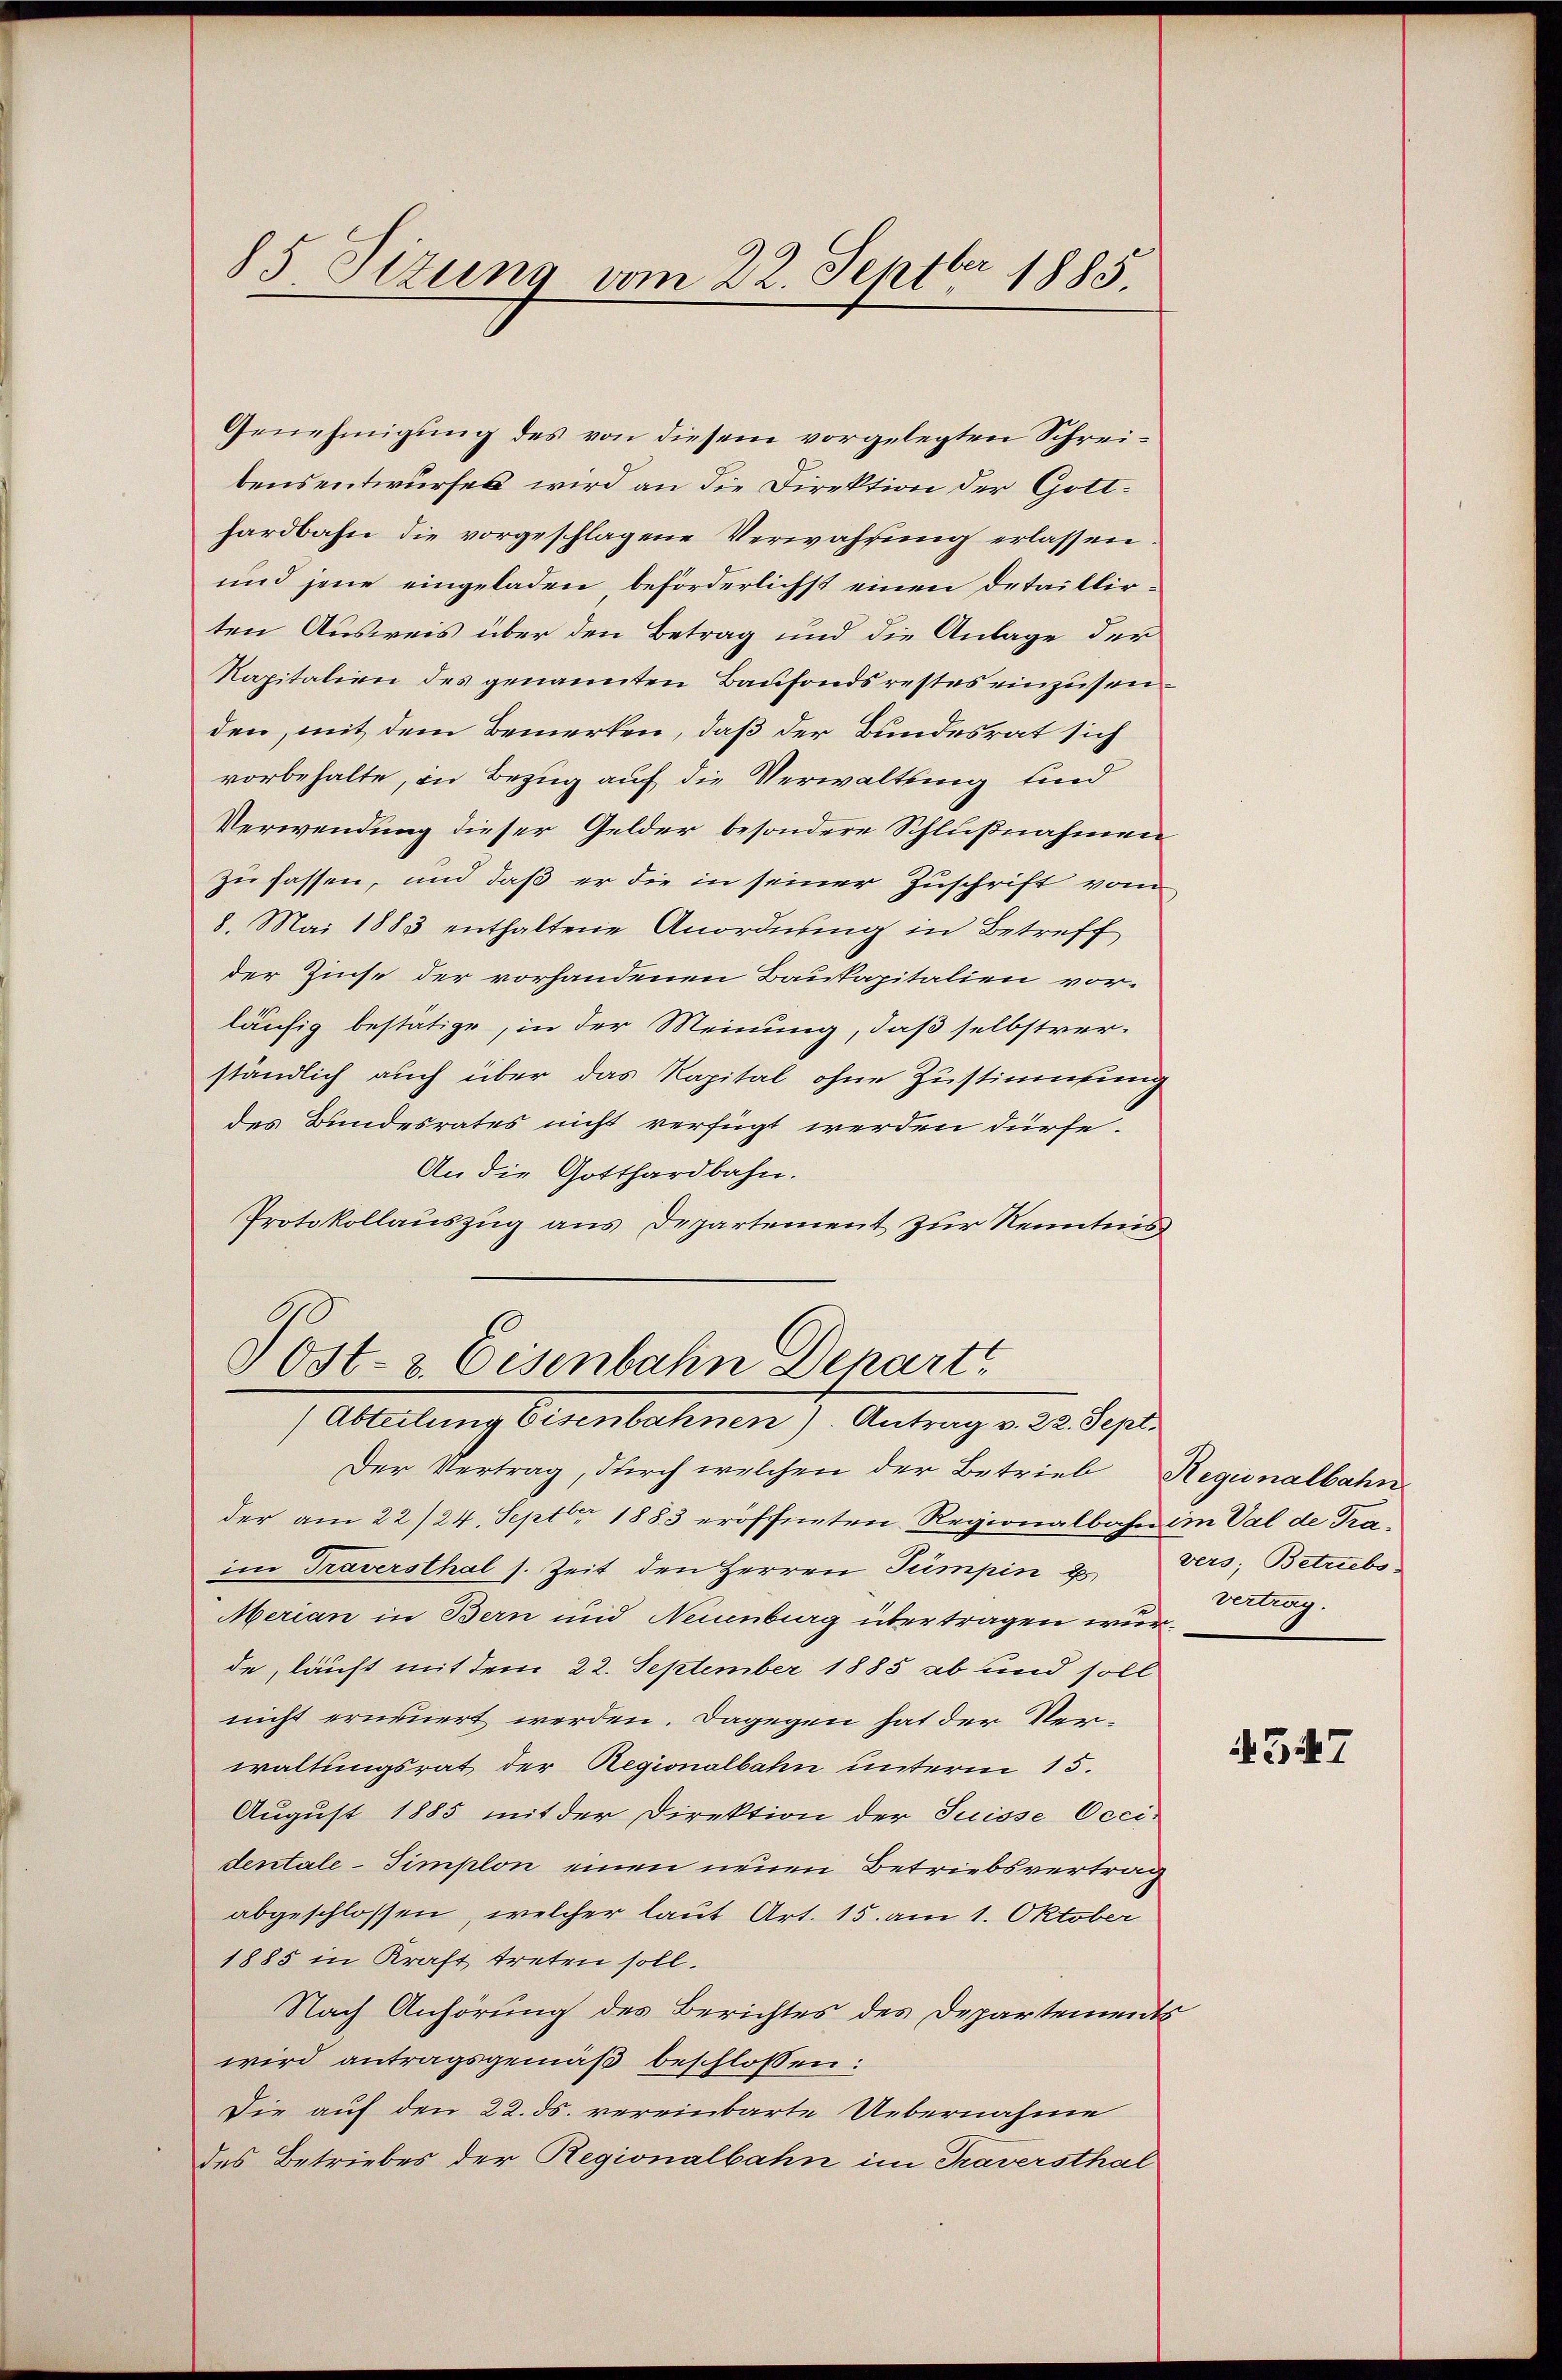
85 Sizung vom 22. Septbr 1885.

Genehmigung des von diesem vorgelegten Schreibensentwurfes wird an die Direktion der Gotthardbahn die vorgeschlagene Verwahrung erlassen
und jene eingeladen, beförderlichst einen Detaillirten Ausweis über den Betrag und die Anlage der
Kapitalien des genannten Baufondsrestes einzusenden, mit dem Bemerken, daß der Bundesrat sich
vorbehalte, in Bezug auf die Verwaltung und
Verwendung dieser Gelder besondere Schlußnahmen
zufassen, und daß er die in seiner Zuschrift vom
8. Mai 1883 enthaltene Anordnung in Betreff
der Zinse der vorhandenen Baukapitalien vor.
läufig bestätige, in der Meinung, daß selbstverständlich auch über das Kapital ohne Zustimmung
des Bundesrates nicht verfügt werden dürfe,
An die Gotthardbahn.
Protokollauszug aus Departement zur Kenntnis

Der Vertrag, durch welchen der Betrieb Reginalbahn
der am 22/24. Sept 1883 eröffneten Regionalbahn im Val de Traim Traversthal s. Zeit den Herren Tümpin u. vers; Betriebs
Merian in Bern und Neuenburg übertragen wurde, läuft mit dem 22. September 1885 ab und soll
nicht erneuert werden. Dagegen hat der Ver-
waltungsrat der Regionalbahn unterm 15.
August 1885 mit der Direktion der Suisse Occi-
dentale-Simplon einen neuen Betriebsvertrag
abgeschlossen, welcher laut Art. 15. am 1. Oktober
1885 in Kraft treten soll.
Nach Anhörung des Berichtes des Departements
wird antragsgemäß beschlossen:
Die auf den 22. ds. vereinbarte Uebernahme
des Betriebes der Regionalbahn im Traversthal

Post- & Eisenbahn Depart
(Abteilung Eisenbahnen). Antrag v. 22. Sept.

vertrag.

547